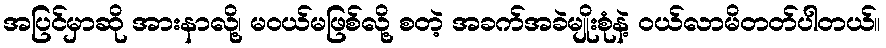
အပြင်မှာဆို အားနာလို့၊ မဝယ်မဖြစ်လို့ စတဲ့ အခက်အခဲမျိုးစုံနဲ့ ဝယ်လာမိတတ်ပါတယ်။